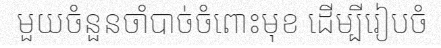
មួយចំនួនចាំបាច់ចំពោះមុខ ដើម្បីរៀបចំ